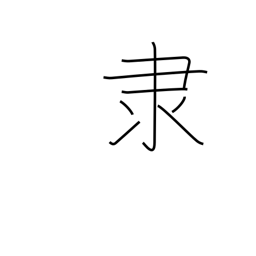
Meaning: slave radical (no. 171)